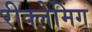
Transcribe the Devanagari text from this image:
रीक्लेमिंग